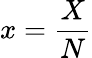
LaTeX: x=\frac{X}{N}